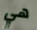
هي